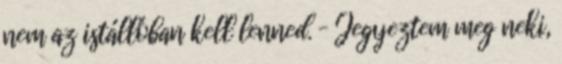
nem az istállóban kell lenned. – Jegyeztem meg neki,